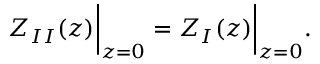
Z _ { I I } ( z ) \bigg \rvert _ { z = 0 } = Z _ { I } ( z ) \bigg \rvert _ { z = 0 } .